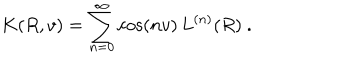
K ( R , v ) = \sum _ { n = 0 } ^ { \infty } \cos ( n v ) \, L ^ { ( n ) } ( R ) \ .